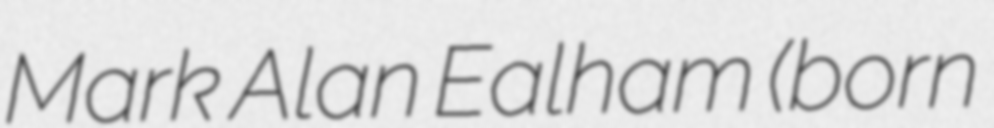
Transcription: Mark Alan Ealham (born